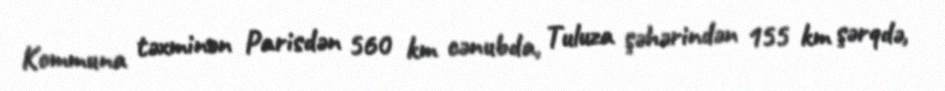
Kommuna təxminən Parisdən 560 km cənubda, Tuluza şəhərindən 155 km şərqdə,